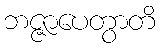
ဘဇ္ဇာပေတွာတိ